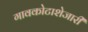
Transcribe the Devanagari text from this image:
गावकोटाशेजारी